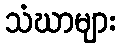
သံဃာများ